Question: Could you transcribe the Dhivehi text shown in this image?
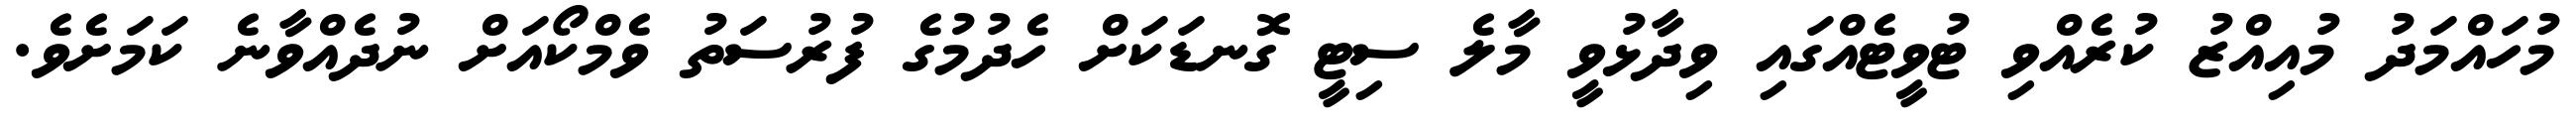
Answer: މުހައްމަދު މުއިއްޒު ކުރެއްވި ޓުވީޓެއްގައި ވިދާޅުވީ މާލެ ސިޓީ ގޮނޑަކަށް ހެދުމުގެ ފުރުސަތު ވެމްކޯއަށް ނުދެއްވާނެ ކަމަށެވެ.